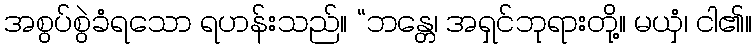
အစွပ်စွဲခံရသော ရဟန်းသည်။ “ဘန္တေ၊ အရှင်ဘုရားတို့။ မယှံ၊ ငါ၏။